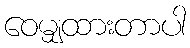
ဝေမျှထားတာပါ